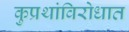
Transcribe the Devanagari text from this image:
कुप्रथांविरोधात